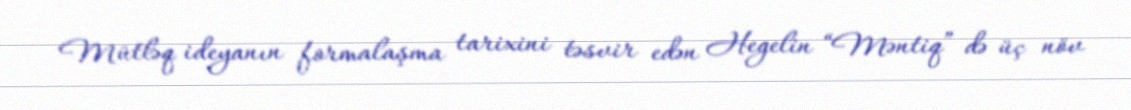
Mütləq ideyanın formalaşma tarixini təsvir edən Hegelin “Məntiq” də üç növ